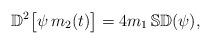
LaTeX: \begin{align*}\mathbb D^2 \big[ \psi \,m_2(t) \big] = 4 m_1\,\mathbb S \mathbb D (\psi),\end{align*}